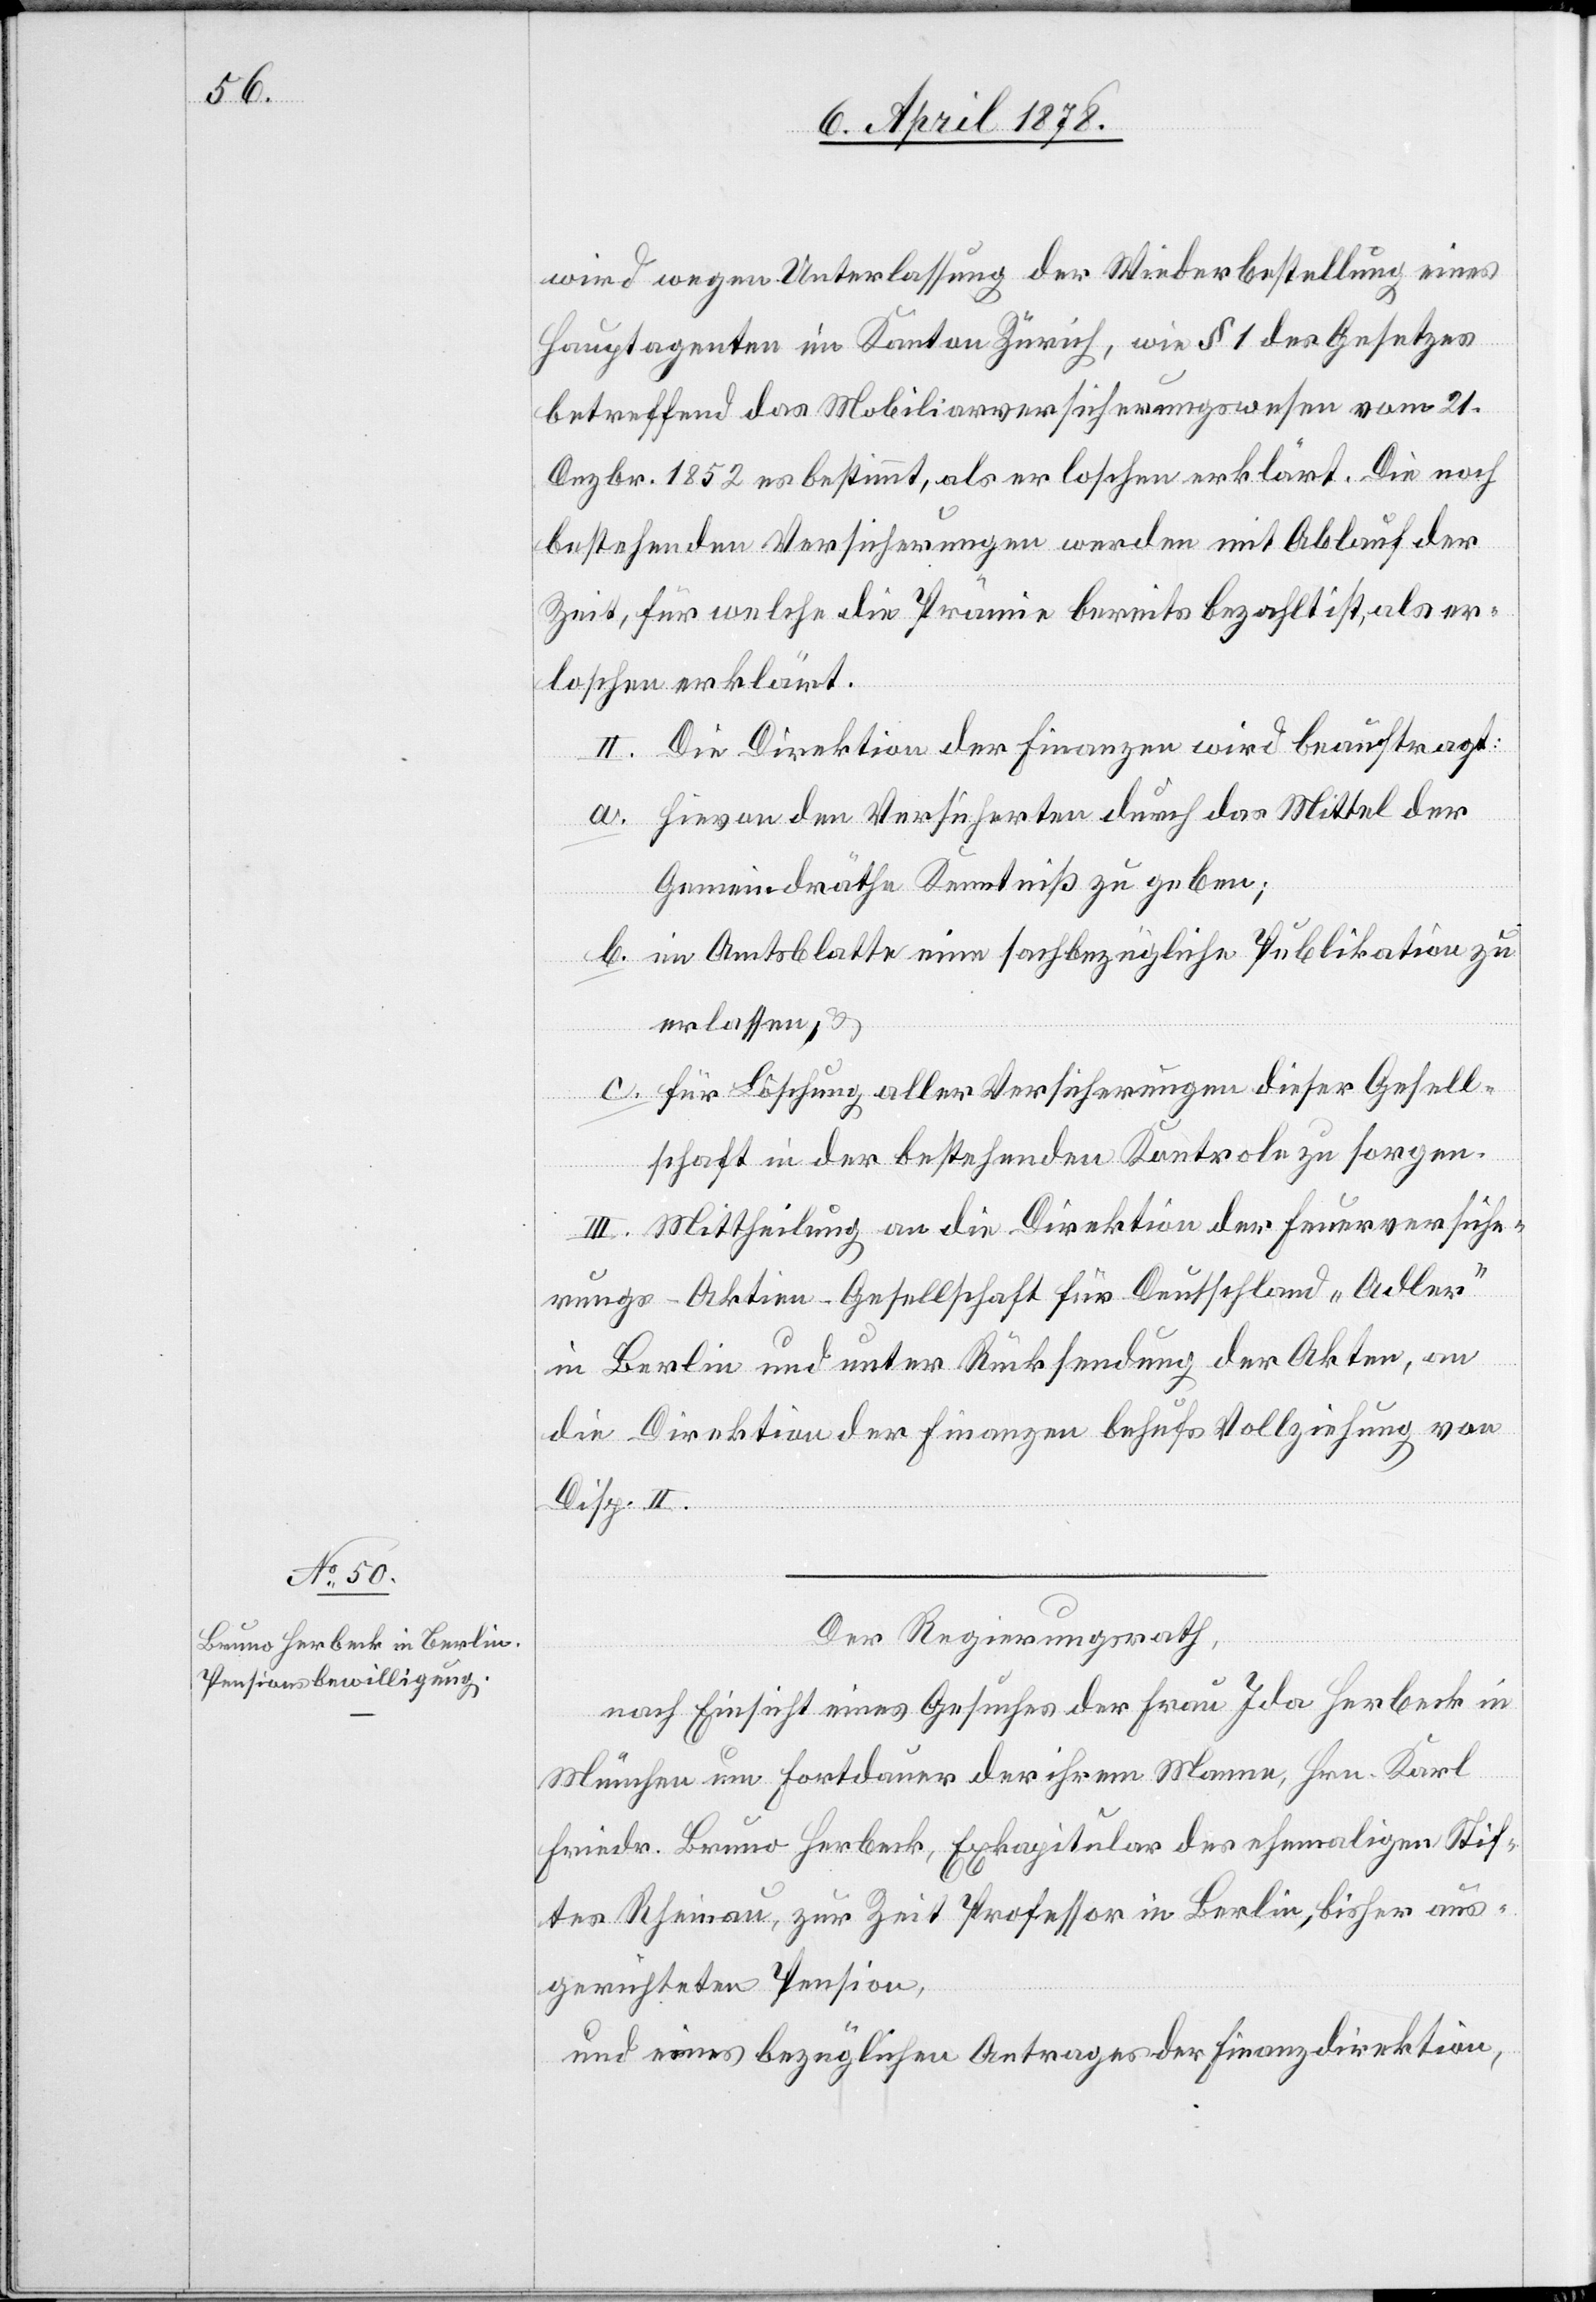
wird wegen Unterlassung der Wiederbestellung eines
Hauptagenten im Kanton Zürich, wie § 1 des Gesetzes
betreffend das Mobiliarversicherungswesen vom 21.
Dezbr. 1852 es bestimmt, als erloschen erklärt. Die noch
bestehenden Versicherungen werden mit Ablauf der
Zeit, für welche die Prämie bereits bezahlt ist, als er¬
loschen erklärt.
II. Die Direktion der Finanzen wird beauftragt:
Hievon den Versicherten durch das Mittel der
Gemeindräthe Kenntniß zu geben;
im Amtsblatte eine sachbezügliche Publikation zu
erlassen, &
für Löschung aller Versicherungen dieser Gesell¬
schaft in der bestehenden Kontrole zu sorgen.
III. Mittheilung an die Direktion der Feuerversiche¬
rungs-Aktien-Gesellschaft für Deutschland „Adler“
in Berlin und unter Rücksendung der Akten, an
die Direktion der Finanzen behufs Vollziehung von
Disp. II.
Der Regierungsrath,
nach Einsicht eines Gesuches der Frau Ida Herbeck in
München um Fortdauer der ihrem Manne, Hrn. Karl
Friedr. Bruno Herbeck, Exkapitular des ehemaligen Stif¬
tes Rheinau, zur Zeit Professor in Berlin, bisher aus¬
gerichteten Pension,
und eines bezüglichen Antrages der Finanzdirektion,